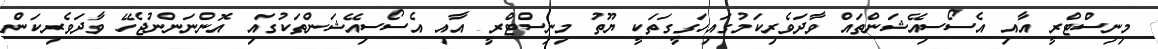
މިނިސްޓްރީ އާއި އެސޯސިއޭޝަންތައް ވާދަވެރިކަމުގައިހަގީގަތަކީ ޔޫތު މިނިސްޓްރީ އާއި އެސޯސިއޭޝަންތަކުގައި އޮންނަންނުޖެހޭ ވާދަވެރިކަން